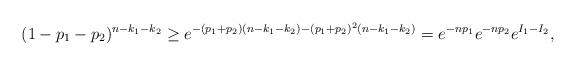
LaTeX: \begin{align*}(1-p_1-p_2)^{n-k_1-k_2} \geq e^{-(p_1+p_2)(n-k_1-k_2) - (p_1+p_2)^2(n-k_1-k_2)} = e^{-np_1} e^{-np_2} e^{I_{1}-I_2},\end{align*}